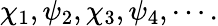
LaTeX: \chi_{1},\psi_{2},\chi_{3},\psi_{4},\cdots.